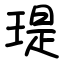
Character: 瑅